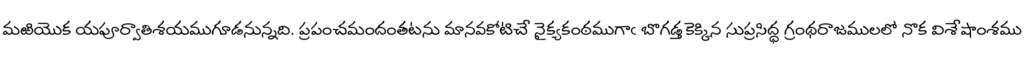
మఱియొక యపూర్వాతిశయముగూడనున్నది. ప్రపంచమందంతటను మానవకోటిచే నైక్యకంఠముగాఁ బొగడ్తకెక్కిన సుప్రసిద్ధ గ్రంథరాజములలో నొక విశేషాంశము